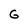
Character: G